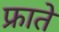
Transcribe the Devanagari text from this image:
फ्राते